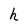
Character: h